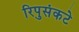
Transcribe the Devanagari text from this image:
रिपुसंकटे